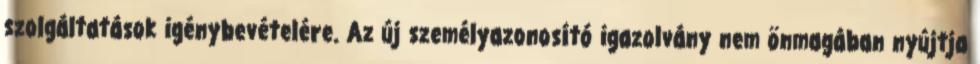
szolgáltatások igénybevételére. Az új személyazonosító igazolvány nem önmagában nyújtja